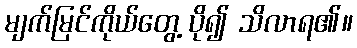
မျက်မြင်ကိုယ်တွေ့ ပို၍ သိလာရ၏။